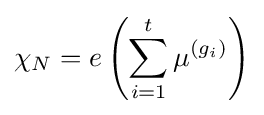
\chi _{N}=e\left(\sum _{i=1}^{t}\mu ^{(g_{i})}\right)